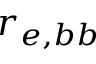
r _ { e , b b }